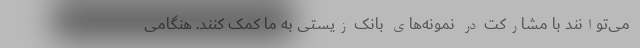
می‌توانند با مشارکت در نمونه‌های بانک زیستی به ما کمک کنند. هنگامی